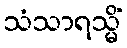
သံသာရသ္မိံ